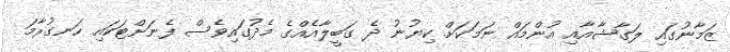
ޒަމާނުގައި ލަގާޝާއާއި އުންމައް ނަމަކަށް ކިޔުނު ދެ ގަބީލާއެއްގެ މެދުގައިވެސް ފެނަށްޓަކައި ހަނގުރާމަ